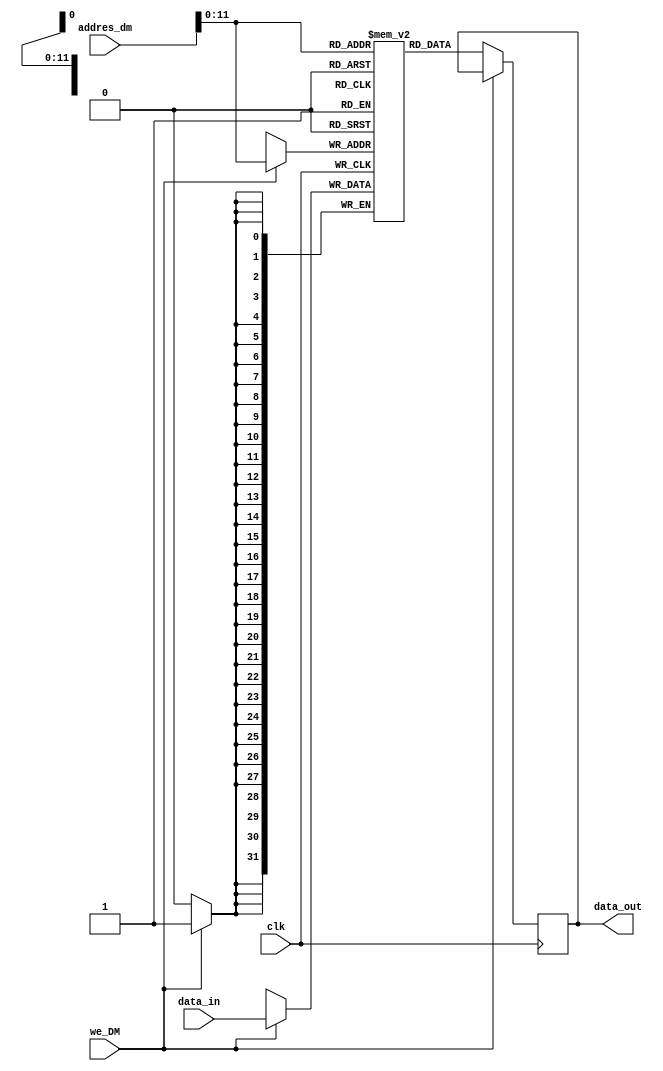
`timescale 1ns / 1ps

module mem #(parameter data = 32,parameter addres = 12)(     
                input clk,
                input [data - 1:0] data_in,
                output [data - 1 :0] data_out,
                input we_DM,   // read/ write => 1/0
                input [2**addres -1 : 0] addres_dm // addres
    );
    
 reg [data-1:0] data_out_reg;
 reg [data-1:0] data_mem [2**addres -1 :0]  ;  
    
 always@(posedge clk)
    if(we_DM==1)
        data_mem[addres_dm] <= data_in;
    else if (we_DM==0)
        data_out_reg <= data_mem[addres_dm];    
    
assign data_out = data_out_reg;
endmodule